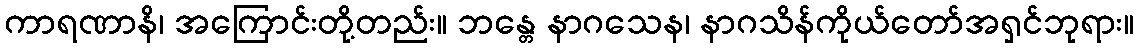
ကာရဏာနိ၊ အကြောင်းတို့တည်း။ ဘန္တေ နာဂသေန၊ နာဂသိန်ကိုယ်တော်အရှင်ဘုရား။